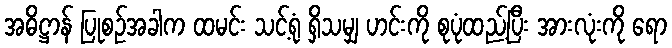
အဓိဋ္ဌာန် ပြုစဉ်အခါက ထမင်း သင့်ရုံ ရှိသမျှ ဟင်းကို စုပုံထည့်ပြီး အားလုံးကို ရော